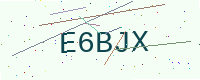
Text: E6BJX